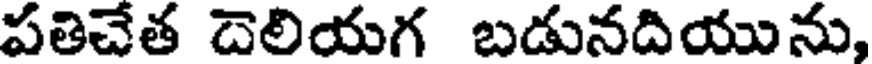
పతిచేత దెలియగ బడునదియును,